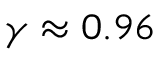
\gamma \approx 0 . 9 6